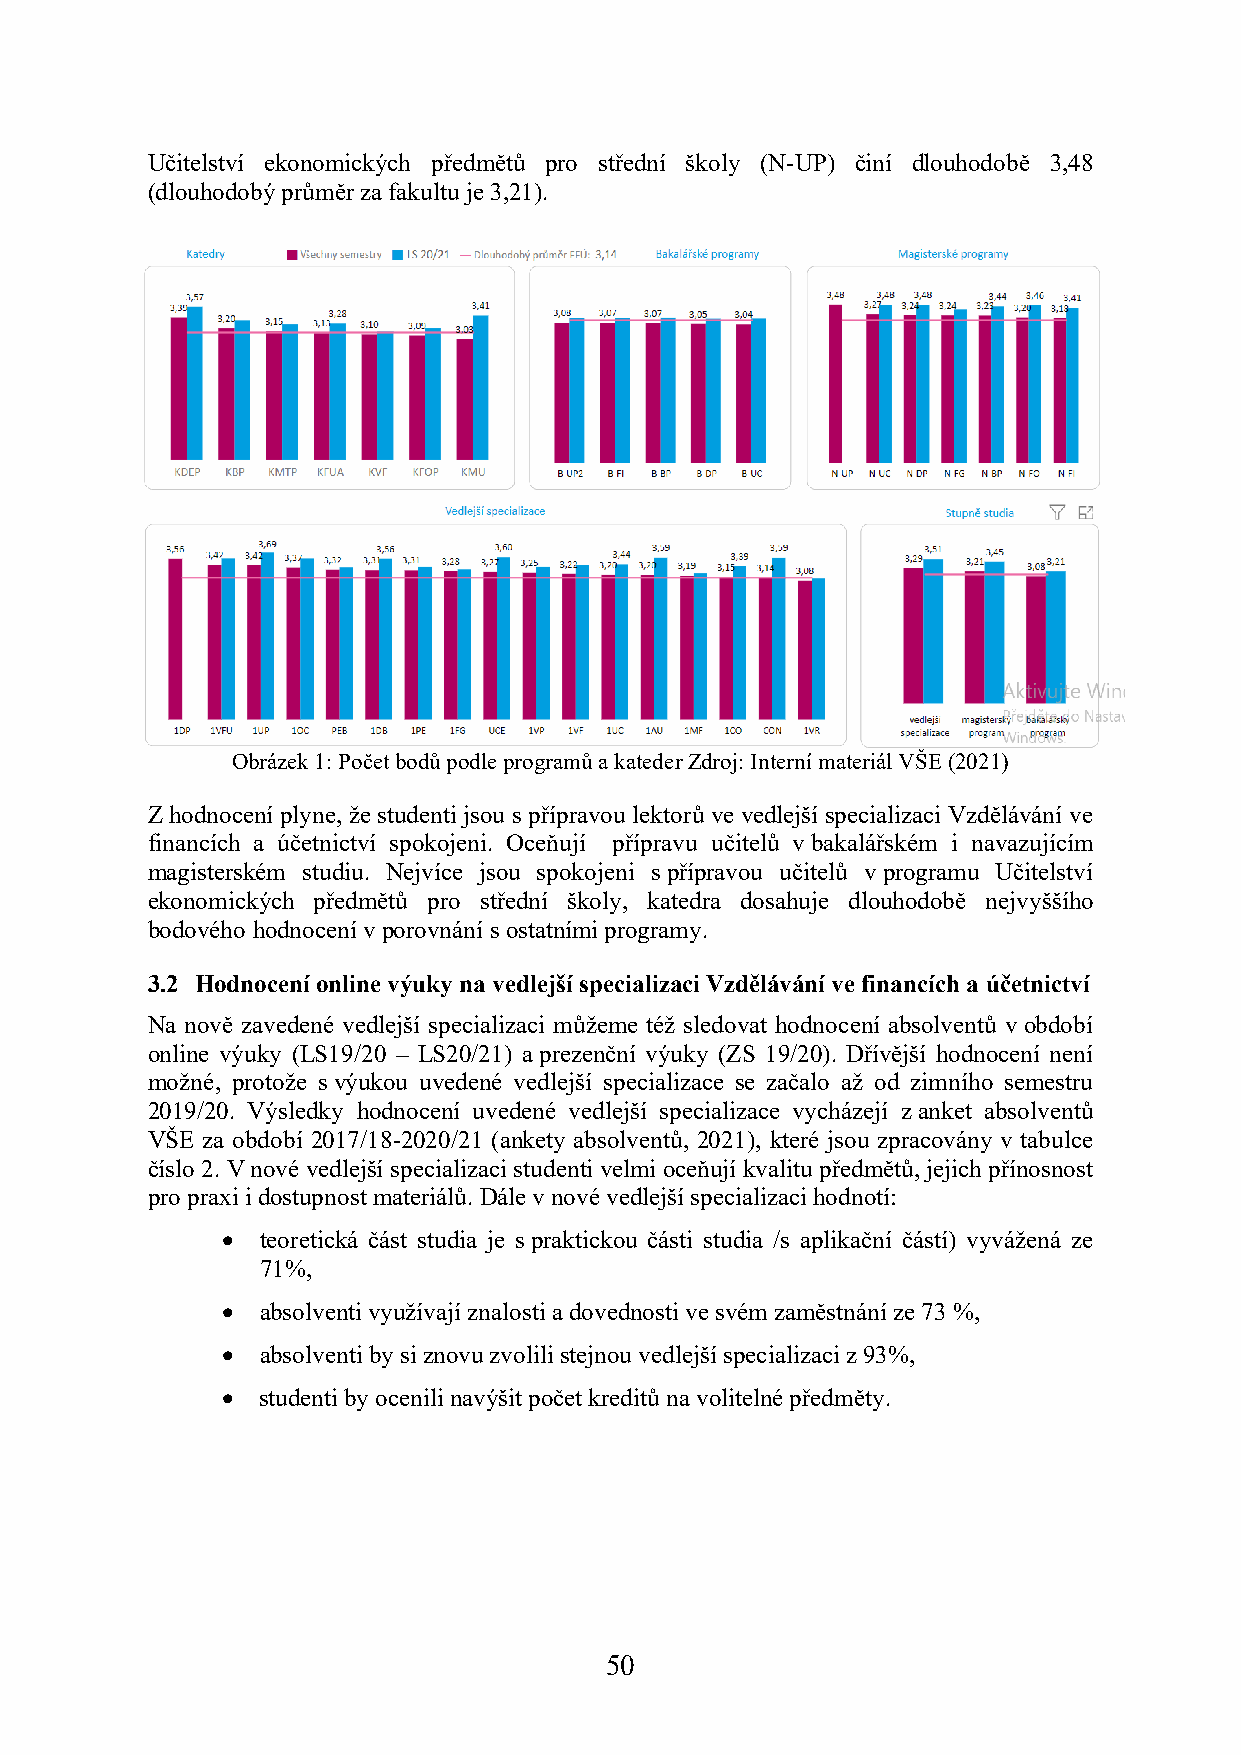
Učitelství ekonomických předmětů pro střední školy (N-UP) činí dlouhodobě 3,48
 (dlouhodobý průměr za fakultu je 3,21).
 Obrázek 1: Počet bodů podle programů a kateder Zdroj: Interní materiál VŠE (2021)
 Z hodnocení plyne, že studenti jsou s přípravou lektorů ve vedlejší specializaci Vzdělávání ve
 financích a účetnictví spokojeni. Oceňují přípravu učitelů v bakalářském i navazujícím
 magisterském studiu. Nejvíce jsou spokojeni s přípravou učitelů v programu Učitelství
 ekonomických předmětů pro střední školy, katedra dosahuje dlouhodobě nejvyššího
 bodového hodnocení v porovnání s ostatními programy.
 3.2 Hodnocení online výuky na vedlejší specializaci Vzdělávání ve financích a účetnictví
 Na nově zavedené vedlejší specializaci můžeme též sledovat hodnocení absolventů v období
 online výuky (LS19/20 – LS20/21) a prezenční výuky (ZS 19/20). Dřívější hodnocení není
 možné, protože s výukou uvedené vedlejší specializace se začalo až od zimního semestru
 2019/20. Výsledky hodnocení uvedené vedlejší specializace vycházejí z anket absolventů
 VŠE za období 2017/18-2020/21 (ankety absolventů, 2021), které jsou zpracovány v tabulce
 číslo 2. V nové vedlejší specializaci studenti velmi oceňují kvalitu předmětů, jejich přínosnost
 pro praxi i dostupnost materiálů. Dále v nové vedlejší specializaci hodnotí:
 • teoretická část studia je s praktickou části studia /s aplikační částí) vyvážená ze
 71%,
 • absolventi využívají znalosti a dovednosti ve svém zaměstnání ze 73 %,
 • absolventi by si znovu zvolili stejnou vedlejší specializaci z 93%,
 • studenti by ocenili navýšit počet kreditů na volitelné předměty.
 50